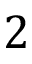
2